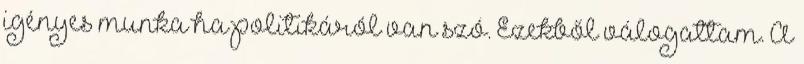
igényes munka ha politikáról van szó. Ezekből válogattam. A